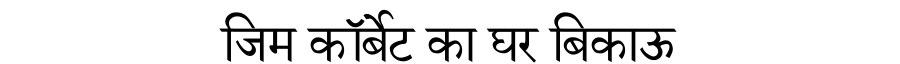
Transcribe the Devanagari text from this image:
जिम कॉर्बेट का घर बिकाऊ